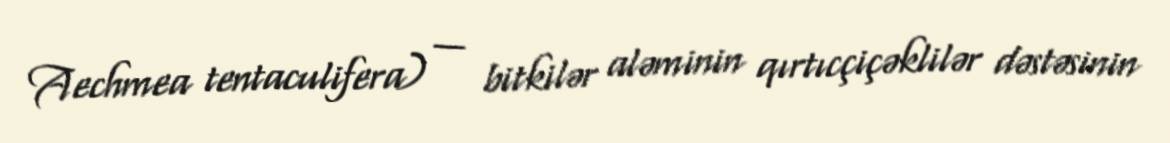
Aechmea tentaculifera) — bitkilər aləminin qırtıcçiçəklilər dəstəsinin